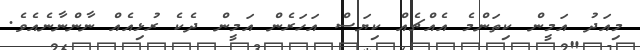
މިއަދު އަމީން ކިތަންމެ އެއްޗެއް ކިޔަސް އަހަރެން އަމީން ދެކެ ރުޅިއެއް ނާންނާނެއެވެ.